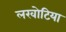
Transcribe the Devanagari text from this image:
लखोटिया